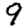
Digit: 9